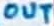
Text: OUT